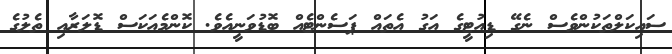
ސައިކަލްތަކުންވެސް ނެގޭ ޑިއުޓީގެ އަގު އެތައް ޕަސެންޓެއް ބޮޑުވަނީއެވެ. ކޮންމެއަކަސް ޑޮލަރާއި ތެލުގެ